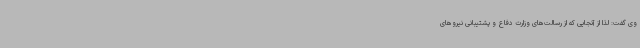
وی گفت: لذا از آنجایی که از رسالت‌های وزارت دفاع و پشتیبانی نیروهای